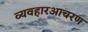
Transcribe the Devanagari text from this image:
व्यवहारआचरण